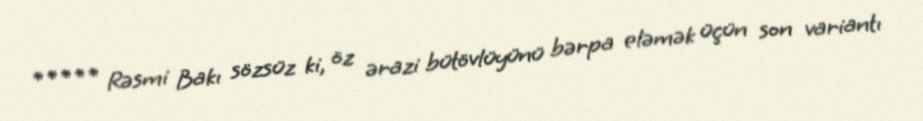
***** Rəsmi Bakı sözsüz ki, öz ərazi bütövlüyünü bərpa eləmək üçün son variantı